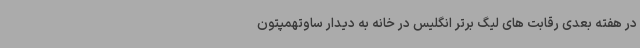
در هفته بعدی رقابت های لیگ برتر انگلیس در خانه به دیدار ساوتهمپتون